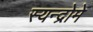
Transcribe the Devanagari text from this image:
स्यन्द्रोमे